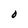
Character: O